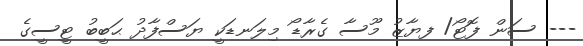
--- ސަން ފޮޓޯ/ ފޔާޒު މޫސާ ގެރާޑޯ މިލަނޑަކީ ޔަސްފާދު ޙަބީބު ޓީސީގެ